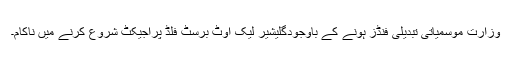
وزارت موسمیاتی تبدیلی فنڈز ہونے کے باوجودگلیشیر لیک آوٹ برسٹ فلڈ پراجیکٹ شروع کرنے میں ناکام۔